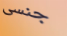
جنسى